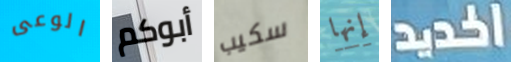
الوعى أبوكم سكيب إنها الحديد